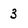
Character: 3